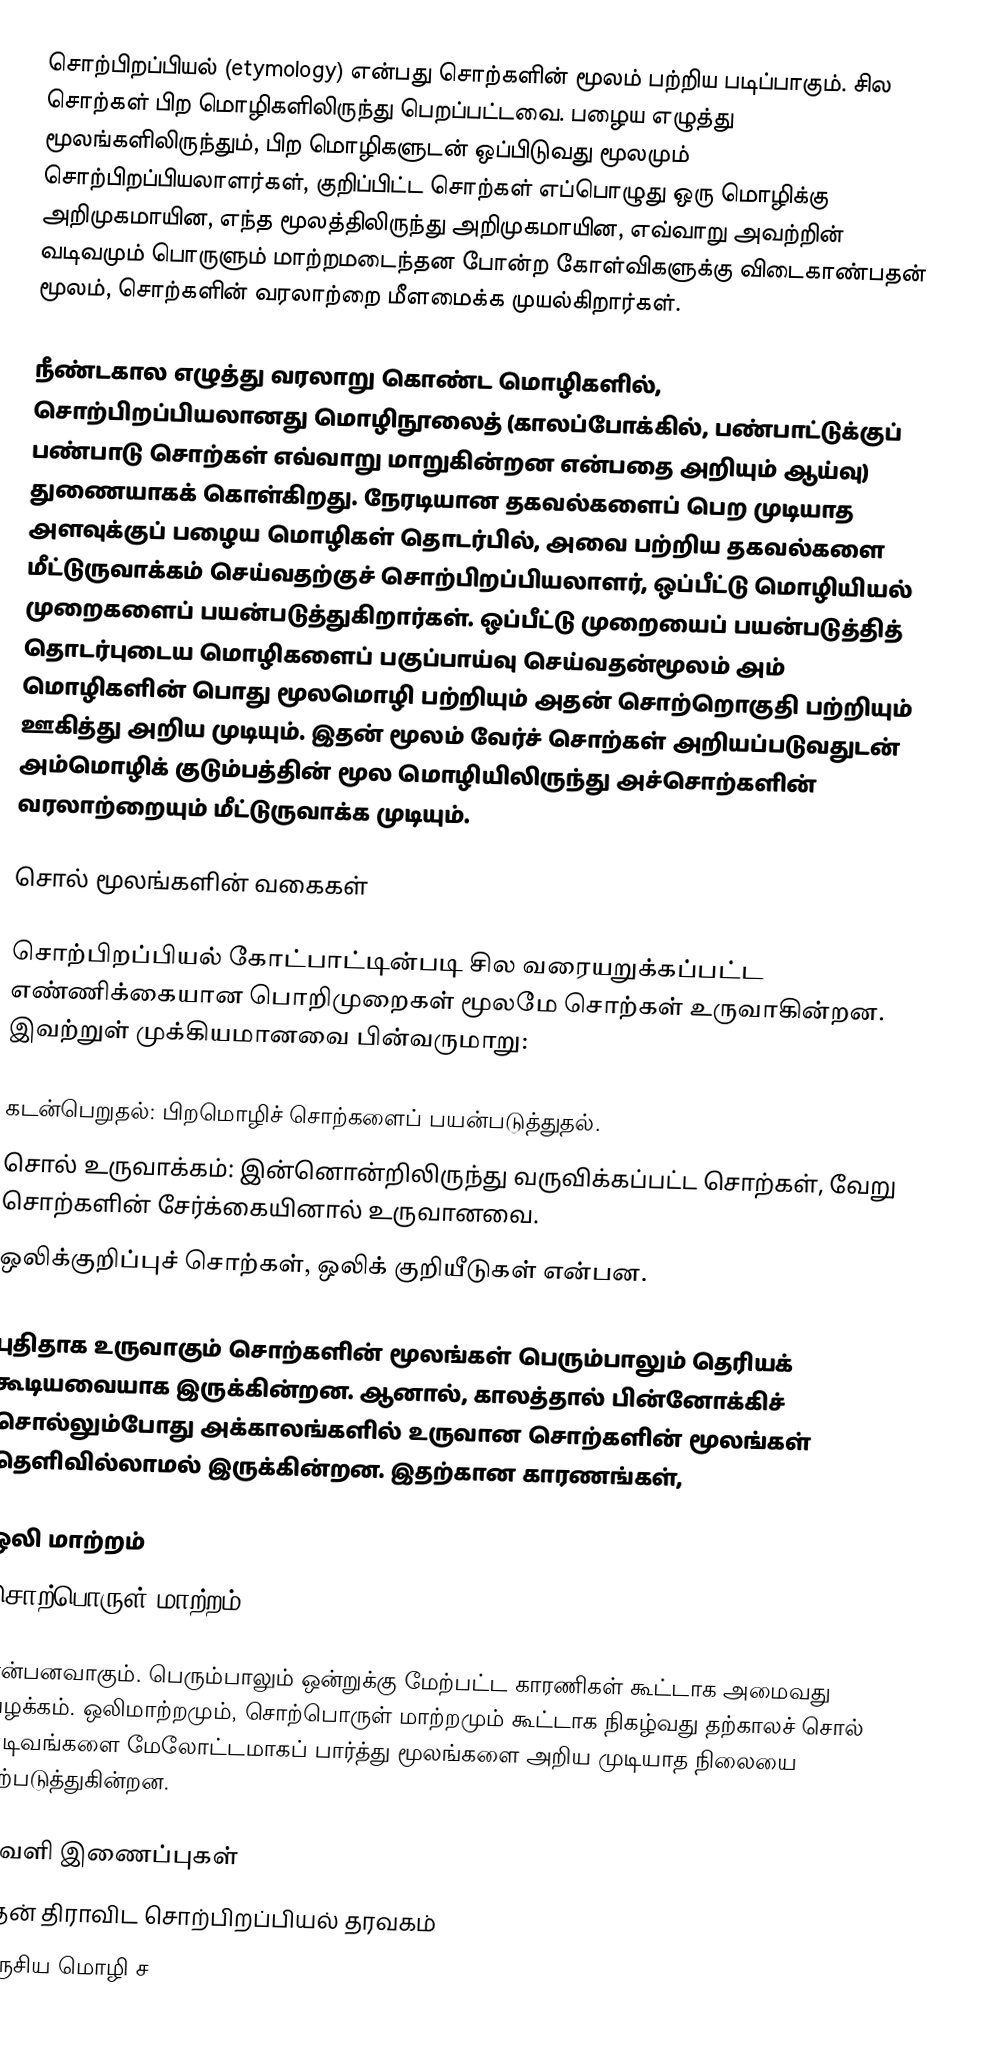
சொற்பிறப்பியல் (etymology) என்பது சொற்களின் மூலம் பற்றிய படிப்பாகும். சில சொற்கள் பிற மொழிகளிலிருந்து பெறப்பட்டவை. பழைய எழுத்து மூலங்களிலிருந்தும், பிற மொழிகளுடன் ஒப்பிடுவது மூலமும் சொற்பிறப்பியலாளர்கள், குறிப்பிட்ட சொற்கள் எப்பொழுது ஒரு மொழிக்கு அறிமுகமாயின, எந்த மூலத்திலிருந்து அறிமுகமாயின, எவ்வாறு அவற்றின் வடிவமும் பொருளும் மாற்றமடைந்தன போன்ற கோள்விகளுக்கு விடைகாண்பதன் மூலம், சொற்களின் வரலாற்றை மீளமைக்க முயல்கிறார்கள்.

நீண்டகால எழுத்து வரலாறு கொண்ட மொழிகளில், சொற்பிறப்பியலானது மொழிநூலைத் (காலப்போக்கில், பண்பாட்டுக்குப் பண்பாடு சொற்கள் எவ்வாறு மாறுகின்றன என்பதை அறியும் ஆய்வு) துணையாகக் கொள்கிறது. நேரடியான தகவல்களைப் பெற முடியாத அளவுக்குப் பழைய மொழிகள் தொடர்பில், அவை பற்றிய தகவல்களை மீட்டுருவாக்கம் செய்வதற்குச் சொற்பிறப்பியலாளர், ஒப்பீட்டு மொழியியல் முறைகளைப் பயன்படுத்துகிறார்கள். ஒப்பீட்டு முறையைப் பயன்படுத்தித் தொடர்புடைய மொழிகளைப் பகுப்பாய்வு செய்வதன்மூலம் அம் மொழிகளின் பொது மூலமொழி பற்றியும் அதன் சொற்றொகுதி பற்றியும் ஊகித்து அறிய முடியும். இதன் மூலம் வேர்ச் சொற்கள் அறியப்படுவதுடன் அம்மொழிக் குடும்பத்தின் மூல மொழியிலிருந்து அச்சொற்களின் வரலாற்றையும் மீட்டுருவாக்க முடியும்.

சொல் மூலங்களின் வகைகள்

சொற்பிறப்பியல் கோட்பாட்டின்படி சில வரையறுக்கப்பட்ட எண்ணிக்கையான பொறிமுறைகள் மூலமே சொற்கள் உருவாகின்றன. இவற்றுள் முக்கியமானவை பின்வருமாறு:

 கடன்பெறுதல்: பிறமொழிச் சொற்களைப் பயன்படுத்துதல்.
 சொல் உருவாக்கம்: இன்னொன்றிலிருந்து வருவிக்கப்பட்ட சொற்கள், வேறு சொற்களின் சேர்க்கையினால் உருவானவை.
 ஒலிக்குறிப்புச் சொற்கள், ஒலிக் குறியீடுகள் என்பன.

புதிதாக உருவாகும் சொற்களின் மூலங்கள் பெரும்பாலும் தெரியக் கூடியவையாக இருக்கின்றன. ஆனால், காலத்தால் பின்னோக்கிச் சொல்லும்போது அக்காலங்களில் உருவான சொற்களின் மூலங்கள் தெளிவில்லாமல் இருக்கின்றன. இதற்கான காரணங்கள்,

 ஒலி மாற்றம்
 சொற்பொருள் மாற்றம்

என்பனவாகும். பெரும்பாலும் ஒன்றுக்கு மேற்பட்ட காரணிகள் கூட்டாக அமைவது வழக்கம். ஒலிமாற்றமும், சொற்பொருள் மாற்றமும் கூட்டாக நிகழ்வது தற்காலச் சொல் வடிவங்களை மேலோட்டமாகப் பார்த்து மூலங்களை அறிய முடியாத நிலையை ஏற்படுத்துகின்றன.

வெளி இணைப்புகள்
 தென் திராவிட சொற்பிறப்பியல் தரவகம்
 உருசிய மொழி ச